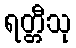
ရတ္တီသု